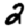
Digit: 2